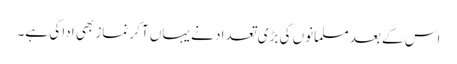
اس کے بعد مسلمانوں کی بڑی تعداد نے یہاں آکر نماز بھی ادا کی ہے۔